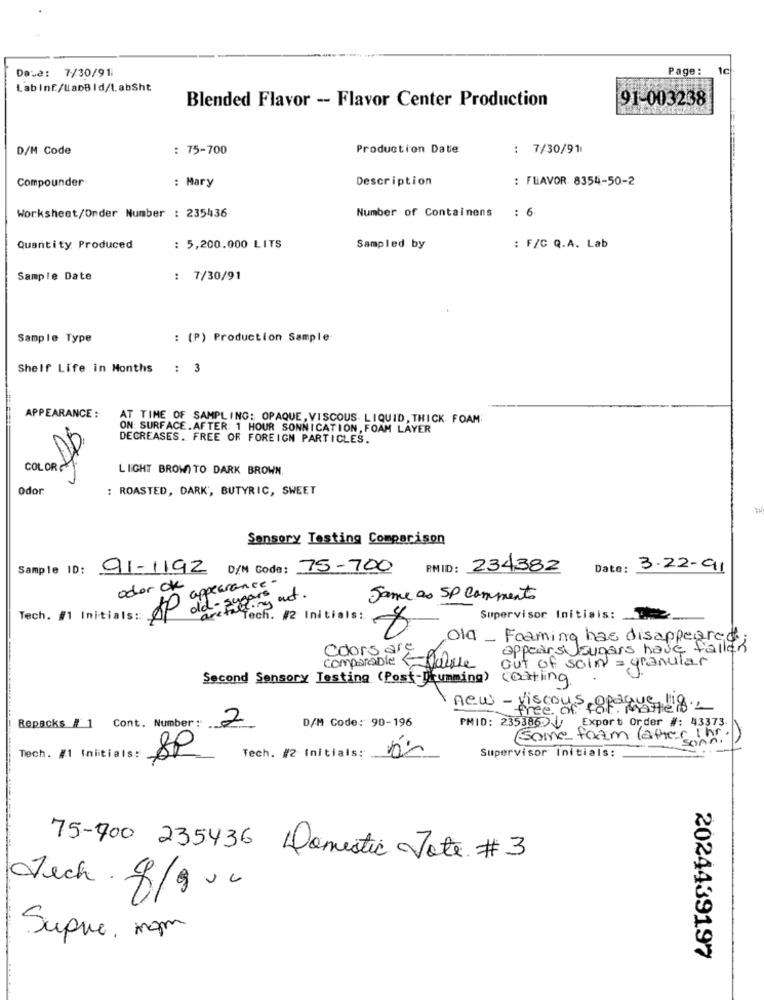
Deve: 7/30/91
Page :
1c
Labinf/LabBId/LabSht
Blended Flavor -- Flavor Center Production
91-003238
D/M Code
: 75-700
Production Date
: 7/30/91
Compounder
Description
: FLAVOR 8354-50-2
: Mary
Worksheet/Onder Number : 235436
Number of Containens
: 6
Quantity Produced
: 5,200.000 LITS
Sampled by
: F/C Q.A. Lab
Sample Date
: 7/30/91
Sample Type
: (P) Production Sample
Shelf Life in Months
: :
APPEARANCE :
AT TIME OF SAMPLING: OPAQUE, VISCOUS LIQUID, THICK FOAM
ON: SURFACE.AFTER: 1 HOUR SONNICATION, FOAM LAYER
DECREASES. FREE OF FOREIGN PARTICLES.
COL ORE
LIGHT BROWN TO DARK BROWN.
Odor
: ROASTED, DARK', BUTYRIC, SWEET
Sensory Testing Comparison
Sample ID: 91-1192
D/M Code: 75-700
PMID: 234382
Date: 3-22-91
oder ok
appearance -
did - sugar at.
Same as SP Comments
Tech. #1 Initials: P
Tech. #2 Initials:
Supervisor Initials: 2
Old_ Foaming has disappeared;
Colors are
appears sugars have fallen
out of soln = granular
comparable 5Value
Second Sensory Testing (Post-Drumming) Coating
new - viscous opaque eg_
free of
2
D/M Code: 90-196
PMID: 235386 Export Order #: 43373
Repacks # 1 Cont. Number: __
Some form latter Ihr.
Supervisor Initials:
Tech. #1 Initials:
Tech. #2 Initials:
75-700 235436 Domestic Tote. # 3
Jech q/qvc
Supre. mom
2024439197